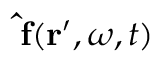
\mathbf { \, \hat { f } } ( \mathbf { r } ^ { \prime } , \omega , t )